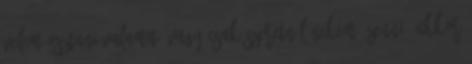
velem osztani valamit, vagy csak szeretnél nekem üzenni, akkor